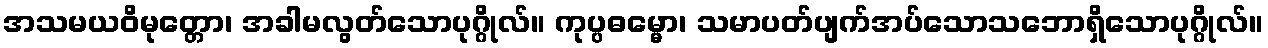
အသမယဝိမုတ္တော၊ အခါမလွတ်သောပုဂ္ဂိုလ်။ ကုပ္ပဓမ္မော၊ သမာပတ်ပျက်အပ်သောသဘောရှိသောပုဂ္ဂိုလ်။